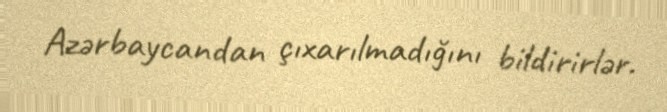
Azərbaycandan çıxarılmadığını bildirirlər.